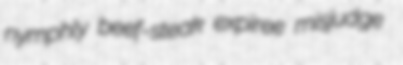
nymphly beef-steak expiree misjudge